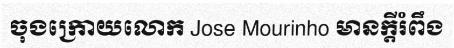
ចុងក្រោយលោក Jose Mourinho មានក្តីរំពឹង